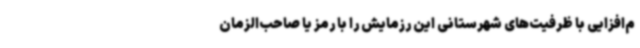
م‌افزایی با ظرفیت‌های شهرستانی این رزمایش را با رمز یا صاحب‌الزمان